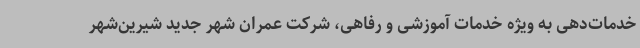
خدمات‌دهی به ویژه خدمات آموزشی و رفاهی، شرکت عمران شهر جدید شیرین‌شهر